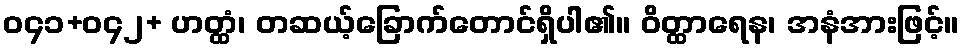
ဝ၄၁+ဝ၄၂+ ဟတ္ထံ၊ တဆယ့်ခြောက်တောင်ရှိပါ၏။ ဝိတ္ထာရေန၊ အနံအားဖြင့်။